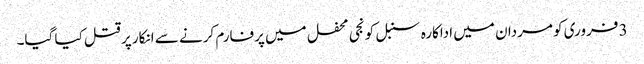
3 فروری کو مردان میں اداکارہ سنبل کو نجی محفل میں پرفارم کرنے سے انکار پر قتل کیا گیا۔